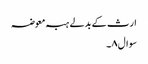
ارث کے بدلے ہبہ معوضہ
سوال۸۔